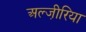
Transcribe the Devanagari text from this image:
अल्जी़रिया